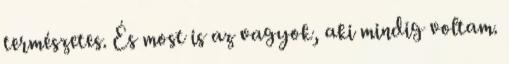
természetes. És most is az vagyok, aki mindig voltam.